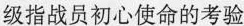
级指战员初心使命的考验